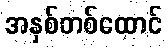
အနှစ်တစ်ထောင်